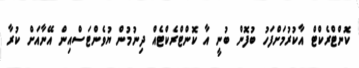
ކޮންޓްރެކްޓް އާކުރުމަށްފަހު ބުފޮން ބުނީ އާ ކޮންޓްރެކްޓެއް ދިނުމުން ޔުވެންޓަސްއިން އޭނާއަށް ކުރާ